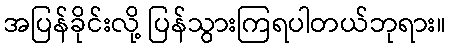
အပြန်ခိုင်းလို့ ပြန်သွားကြရပါတယ်ဘုရား။